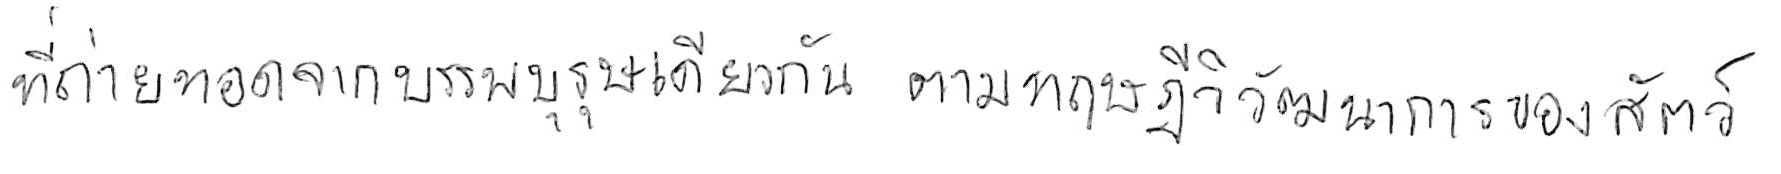
ที่ถ่ายทอดมาจากบรรพบุรุษเดียวกัน ตามทฤษฎีวิวัฒนาการของสัตว์